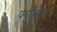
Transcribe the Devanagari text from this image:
फ्युरियास